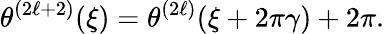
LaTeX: \theta^{(2\ell+2)}(\xi)=\theta^{(2\ell)}(\xi+2\pi\gamma)+2\pi.